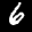
Label: 6